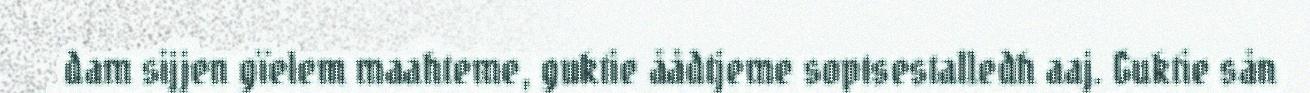
dam sijjen gïelem maahteme, guktie åådtjeme soptsestalledh aaj. Guktie sån